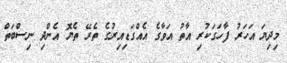
މިދިޔަ އަހަރު ފާހަގަކުރި އާތު އަވާގެ އެއްގަޑިއިރުގެ ތެރޭ ތެޔޮ އެންދި ނިސްބަތް